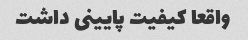
واقعا کیفیت پایینی داشت